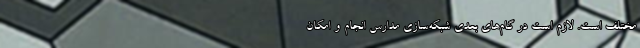
مختلف است. لازم است در گام‌های بعدی شبکه‌سازی مدارس انجام و امکان